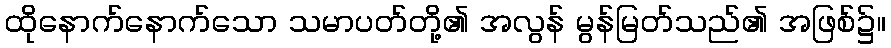
ထိုနောက်နောက်သော သမာပတ်တို့၏ အလွန် မွန်မြတ်သည်၏ အဖြစ်၌။